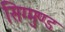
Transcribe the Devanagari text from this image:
सिग्मुण्ड